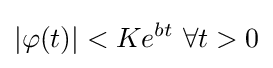
|\varphi (t)|<Ke^{bt}\ \forall t>0